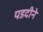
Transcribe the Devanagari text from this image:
पडदीने